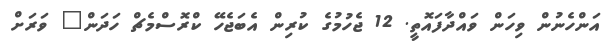
އަންހެނުން ވިހަން ވައްދާފައޮތީ. 12 ޖެހުމުގެ ކުރިން އެބަޖެހޭ ކްރޮސްމެޗް ހަދަން" ވަރަށް